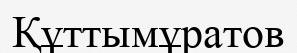
Құттымұратов